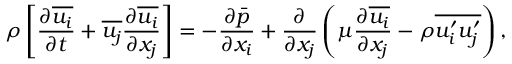
\rho \left[ { \frac { \partial { \overline { { u _ { i } } } } } { \partial t } } + { \overline { { u _ { j } } } } { \frac { \partial { \overline { { u _ { i } } } } } { \partial x _ { j } } } \right] = - { \frac { \partial { \bar { p } } } { \partial x _ { i } } } + { \frac { \partial } { \partial x _ { j } } } \left( \mu { \frac { \partial { \overline { { u _ { i } } } } } { \partial x _ { j } } } - \rho { \overline { { u _ { i } ^ { \prime } u _ { j } ^ { \prime } } } } \right) ,